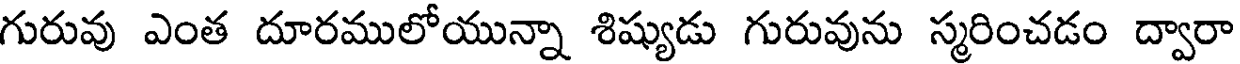
గురువు ఎంత దూరములోయున్నా శిష్యుడు గురువును స్మరించడం ద్వారా